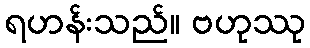
ရဟန်းသည်။ ဗဟုဿု